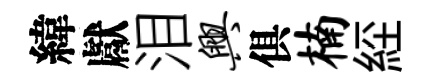
緯獻泪兴俱楠𦀇